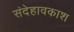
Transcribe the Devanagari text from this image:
संदेहावकाश